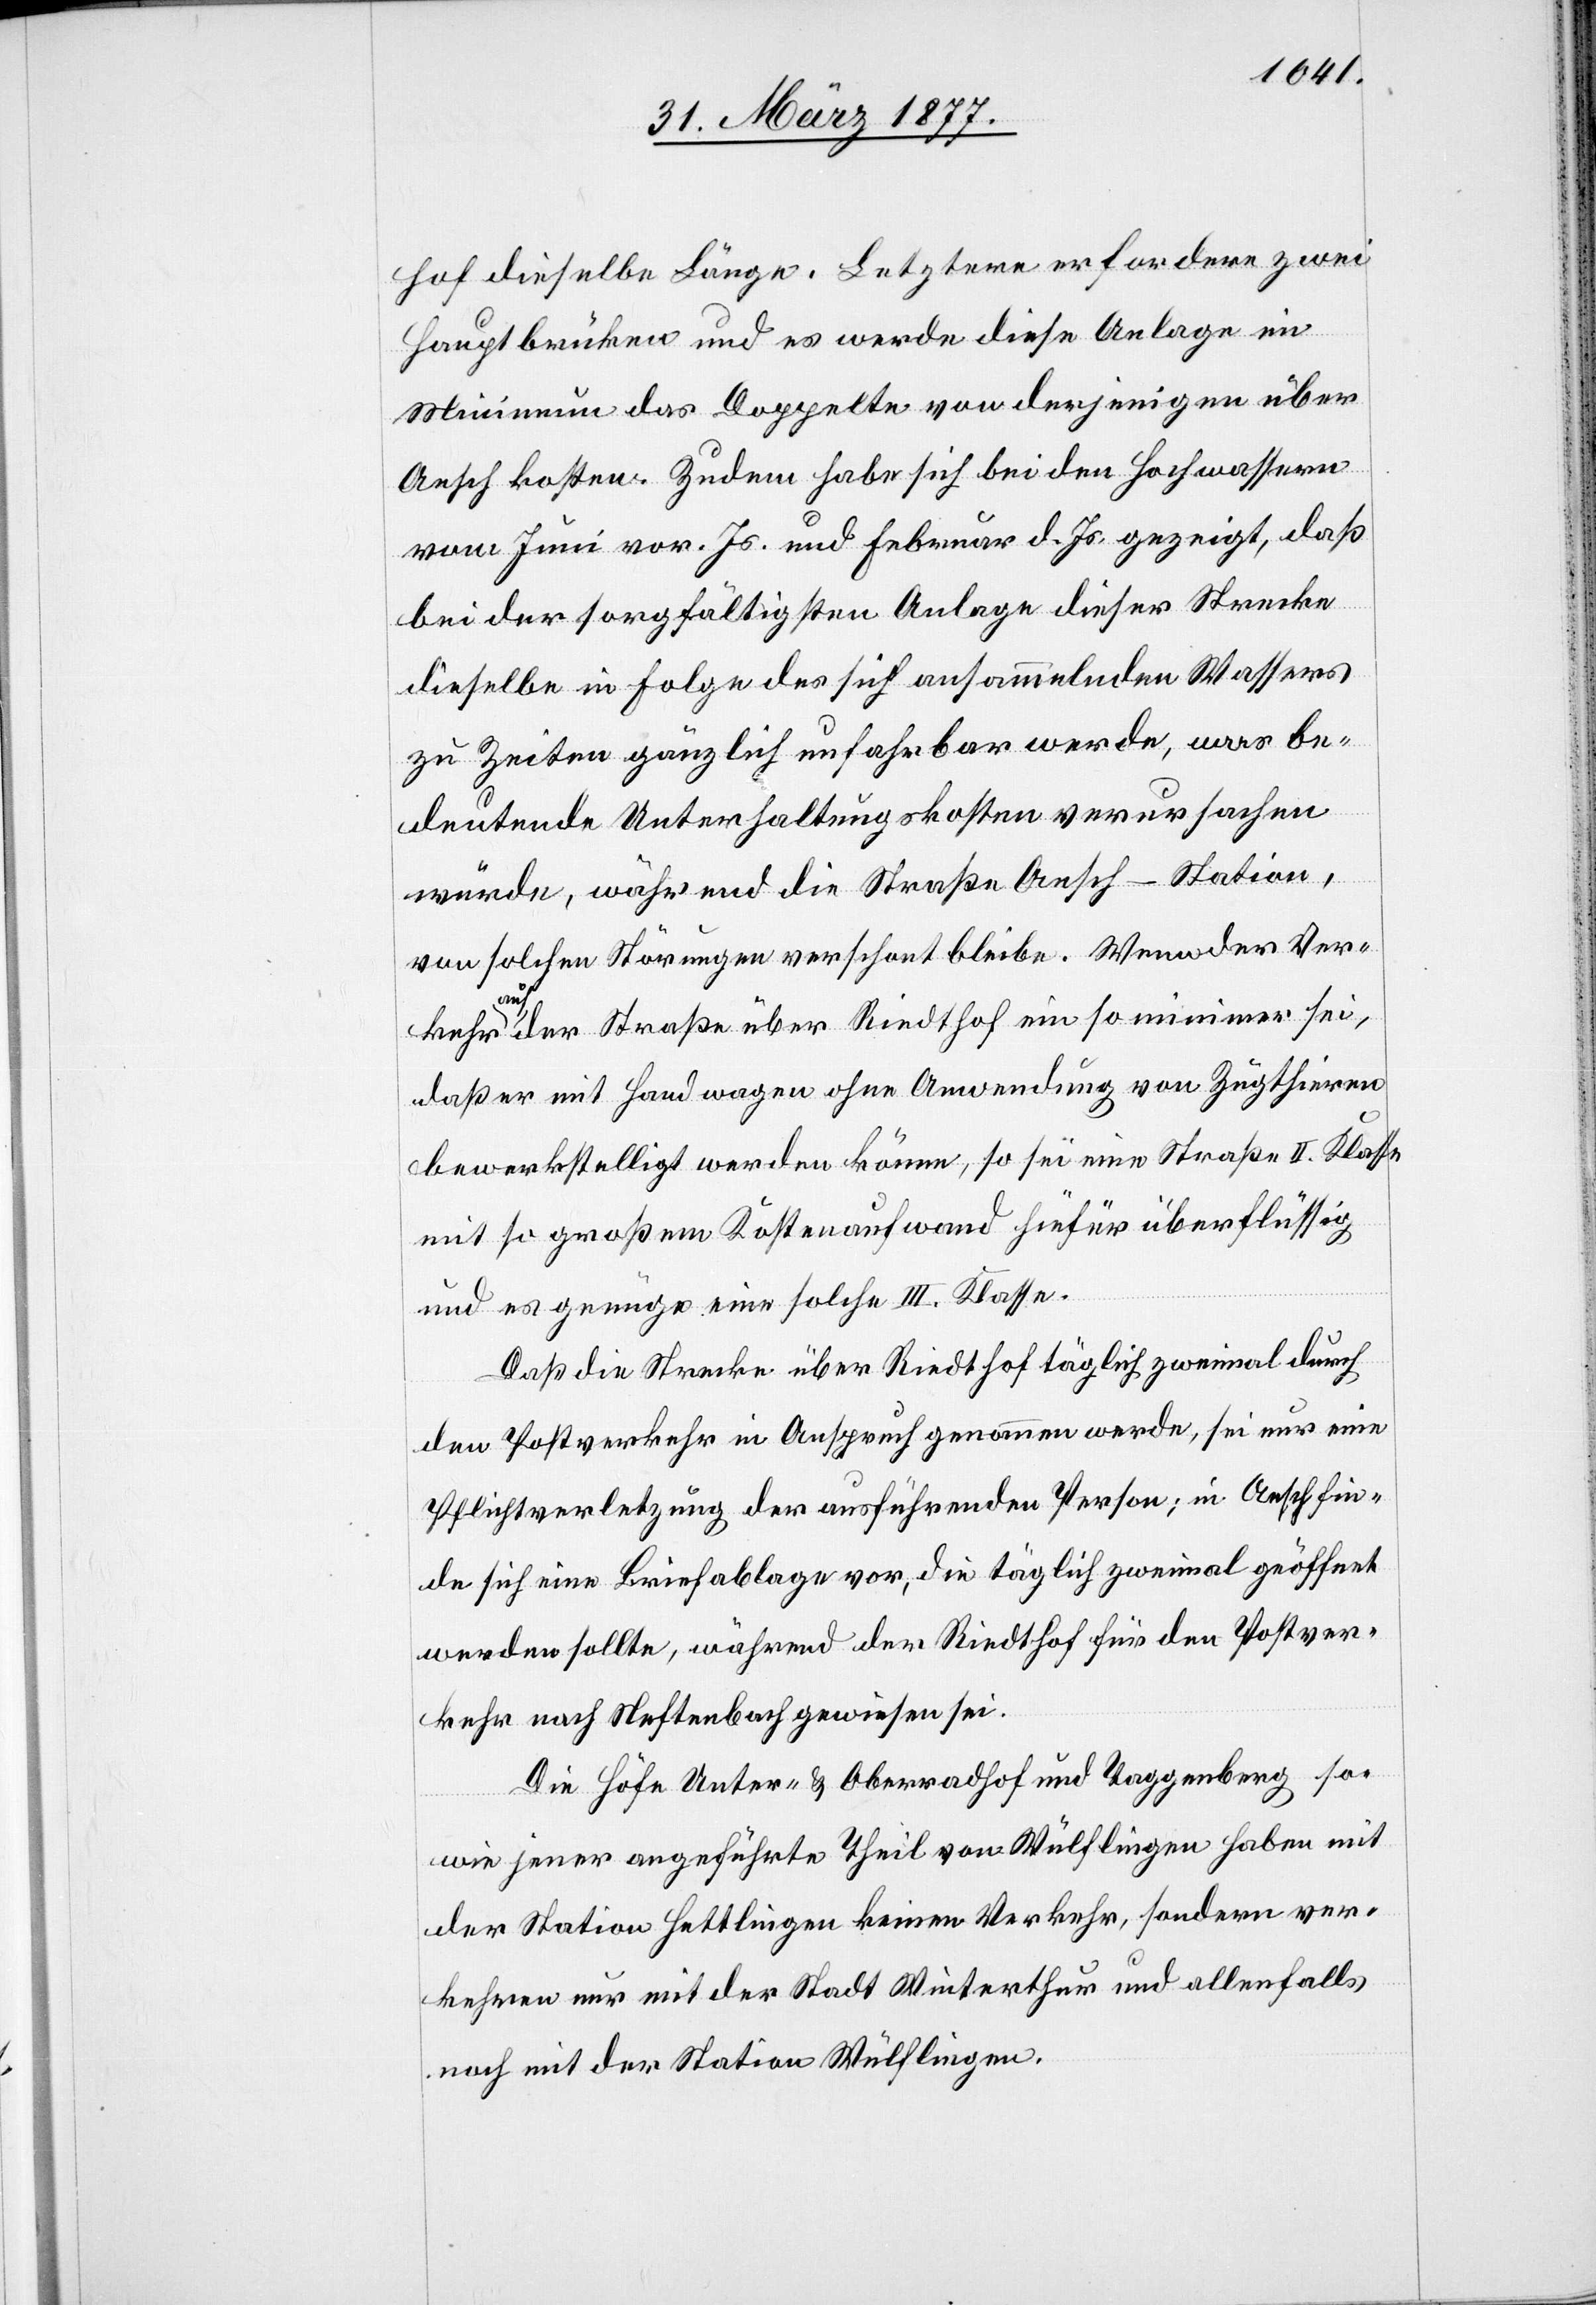
hof dieselbe Länge. Letzte erfordere zwei
Hauptbrücken und es werde diese Anlage im
Minimum das Doppelte von derjenigen über
Aesch kosten. Zudem habe sich bei den Hochwassern
vom Juni vor. Js. und Februar d. Js. gezeigt, daß
bei der sorgfältigsten Anlage dieser Strecke
dieselbe in Folge des sich aufsammelnden Wassers
zu Zeiten gänzlich unfahrbar werde, was be¬
deutende Unterhaltungskosten verursachen
würde, während die Straße Aesch–Station,
von solchen Störungen verschont bleibe. Wenn der Ver¬
kehr
nach der Straße über Riedthof ein so minimer sei,
daß er mit Handwagen ohne Anwendung von Zugthieren
bewerkstelligt werden könne, so sei eine Straße II. Klasse
mit so großem Kostenaufwand hiefür überflüssig
und es genüge eine solche III. Klasse.
Daß die Strecke über Riedthof täglich zweimal durch
den Postverkehr in Anspruch genommen werde, sei nur eine
Pflichtverletzung der ausführenden Person; in Aesch fin¬
de sich eine Briefablage vor, die täglich zweimal geöffnet
werden sollte, während der Riedthof für den Postver¬
kehr nach Neftenbach gewiesen sei.
Die Höfe Unter- und Oberradhof und Taggenberg so¬
wie jener angeführte Theil von Wülflingen haben mit
der Station Hettlingen keinen Verkehr, sondern ver¬
kehren nur mit der Stadt Winterthur und allenfalls
noch mit der Station Wülflingen.